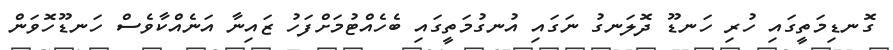
ގޮނޑިމަތީގައި ހުރި ހަނޑޫ ދޮލަނގު ނަގައި އުނގުމަތީގައި ބެހެއްޓުމަށްފަހު ޒައިނާ އަނެއްކާވެސް ހަނޑޫހޮވަން